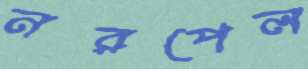
নরপেল